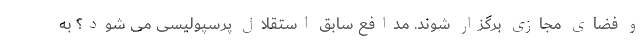
و فضای مجازی برگزار شوند. مدافع سابق استقلال پرسپولیسی می شود؟ به